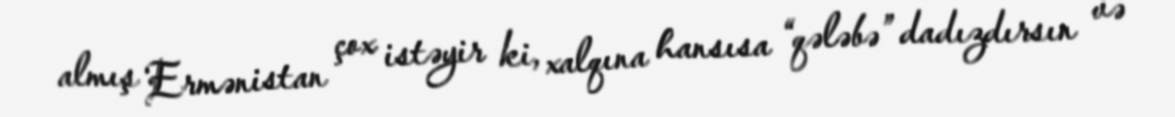
almış Ermənistan çox istəyir ki, xalqına hansısa “qələbə” dadızdırsın və